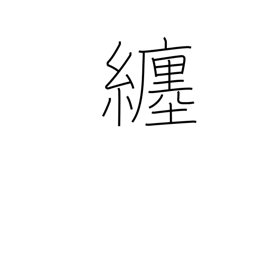
Meaning: follow around